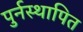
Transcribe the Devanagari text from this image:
पुर्नस्‍थापित